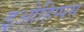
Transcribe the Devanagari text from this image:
इओहिप्पस